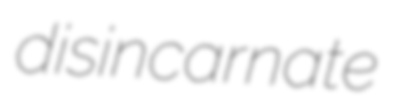
disincarnate